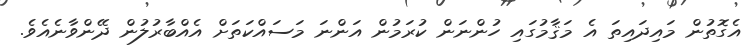
އެގޮތުން މައިދައިތަ އެ މަޤާމުގައި ހުންނަން ކުރަމުން އަންނަ މަސައްކަތަށް އެއްބާރުލުން ދޭންވާނެއެވެ.